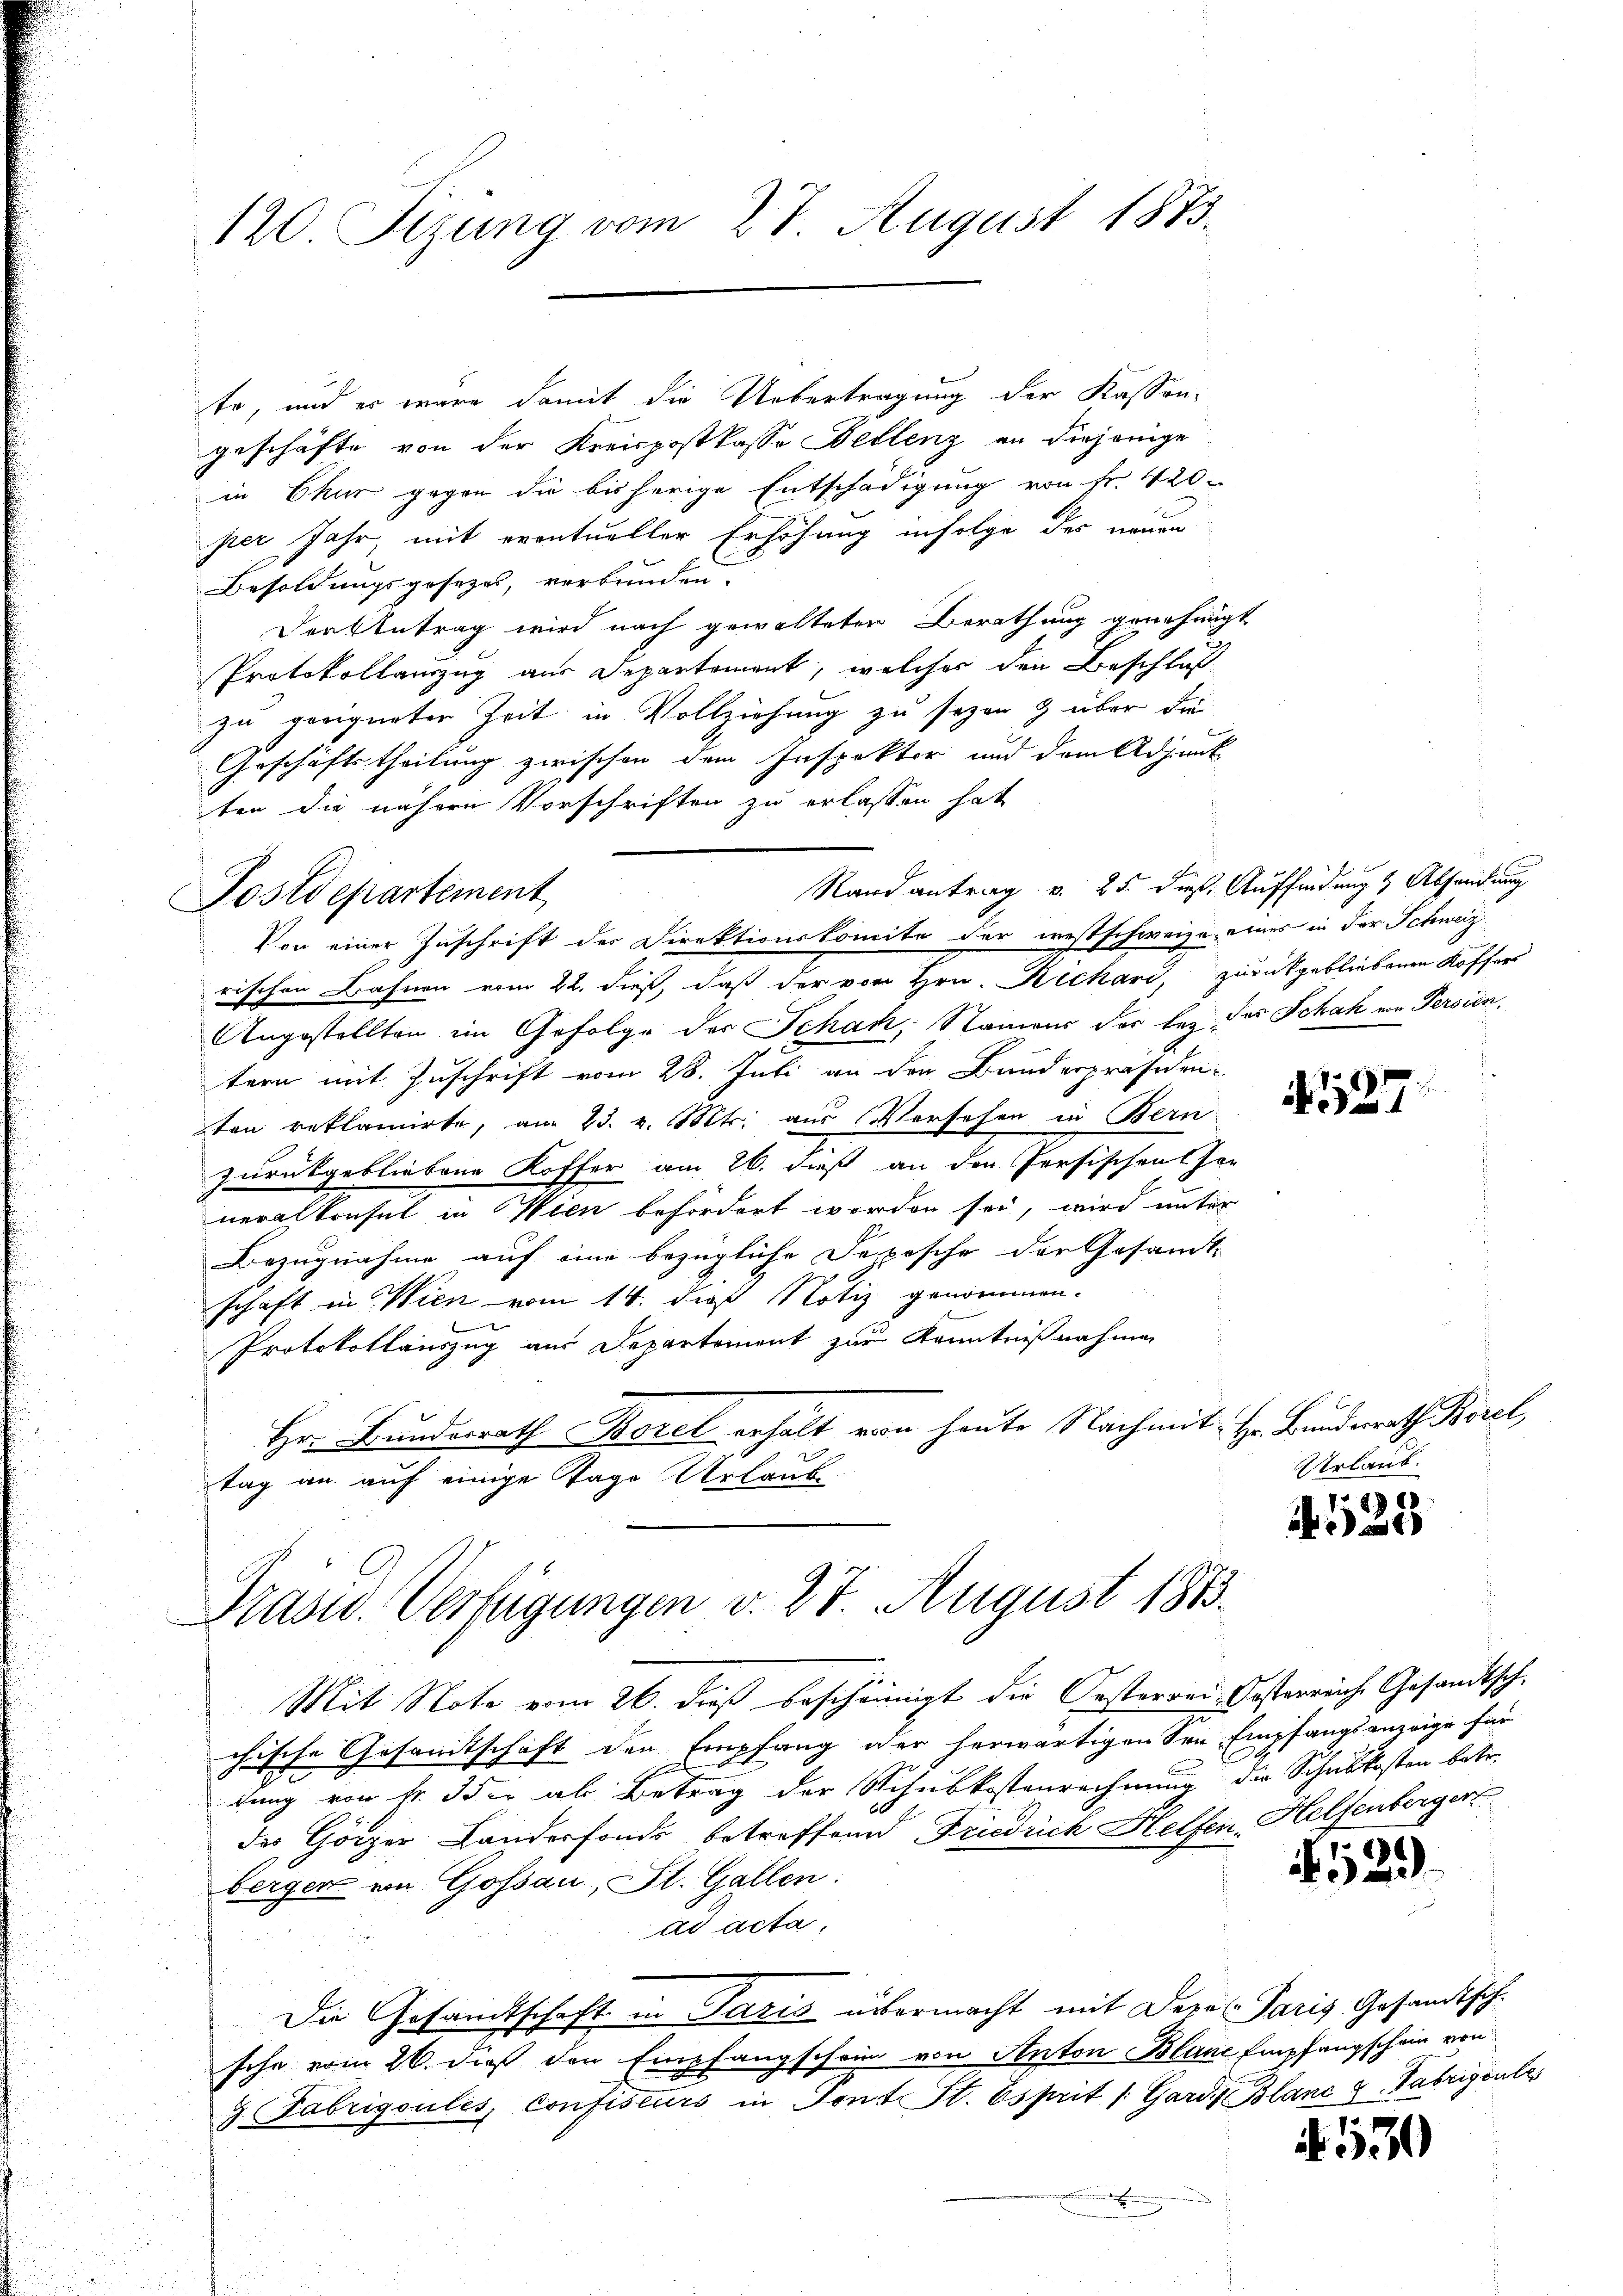
120. Sizung vom 27. August 1873.

te, und es wäre damit die Uebertragung der Kassen-
geschäfte von der Kreispostkasse Bellenz an diejenige
in Chur gegen die bisherige Entschädigung von fr. 420
per Jahr, mit eventueller Erhöhung infolge der neuen
Besoldungsgesezes, verbunden.
Derkbetrag wird nach gewalteten Berathung genehmigt
Protokollanzug aus Departement, welcher den Beschloß
zu geeigneter Zeit in Vollziehung zu sezen & über die
Geschäftstheilung zwischen dem Inspektor und dem Adjunk
ten die nähere Vorschriften zu erlassen hat
Randantrag v. 25. dieß. Auffindung & Absendung
Von einer Zuschrift der Direktionskomite der westschweize, eines in der Schweiz
rischen Bahnen vom 22. dieß, daß der von Hrn. Rechard, zurückgebliebenen Koffers
Angestellten im Gefolge der Schach, Namens der bey das Schah von Persien.
tern mit Zuschrift vom 28. Juli an den Bunderpräsiden-
ten reklamirte, am 23. v. Mts. aus Versehen in Bern
zurückgebliebene Koffer am 26. dieß an den Persischen her
neralkonsul in Wien befördert worden sei, wird unter
Bezugnahme auf eine bezügliche Deposche der Gesandt-
schaft in Wien vom 14. dieß Notiz genommen.
7
Protokollauszug aus Departement zur Kenntnißnahmen
Hr. Bundesrath Borel erhalt von heute Nachmit Hr. Bundesrath Borel,
tag an auf einige Tage Urlaub

Postdepartement

Drasw. Verfügungen v. 27. August 1883.

Mit Note vom 26. dieß bescheinigt die Oesterrei-Oesterreiche Gesandtsch.
chische Gesandtschaft den Empfang oder herwärtigen Sen Empfangsanzeige für
dung von fr. Idee ab Betrag der Schubkostenrechnung die Schulkosten betre
der Görzer Landerfonds betreffend Frieduch Helfen. Helfenberger
berger von Gossau, St. Gallen:
ad acta.
Die Gesandtschaft in Paris übermacht mit Depe Paris Gesandtschsche vom 26. dieß den Empfangschein von Anton Blane Empfangschein von
3. Fabrigoulis, Confiseurs in Sont St. Esprit /: Gardes Blanc 2. Fabrigentes
n

527

Urlaub.

.525

if. 529.

539